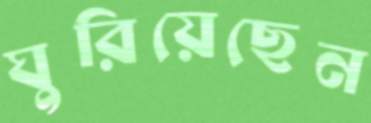
ঘুরিয়েছেন